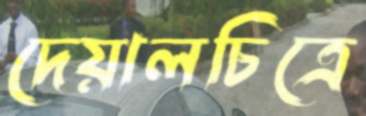
দেয়ালচিত্রে